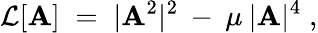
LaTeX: {\cal{L}}[\mathbf{A}]\; =\; |\mathbf{A}^{2}|^{2}\: -\: \mu\: |\mathbf{A}|^{4}\; ,